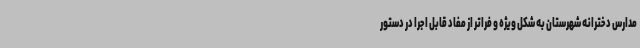
مدارس دخترانه شهرستان به شکل ویژه و فراتر از مفاد قابل اجرا در دستور